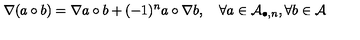
\nabla ( a \circ b ) = \nabla a \circ b + ( - 1 ) ^ { n } a \circ \nabla b , \quad \forall a \in { \cal A } _ { \bullet , n } , \forall b \in { \cal A }